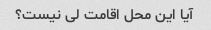
آیا این محل اقامت لی نیست؟